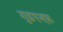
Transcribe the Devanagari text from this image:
गुडएनफ़